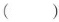
( )